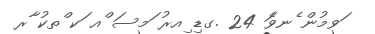
ަވމުން ެނވެަ 24 .ގޑި ިއރު ަމސަ ްއ ަކ ްތކު ާރ